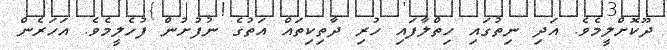
ދޫކޮށްލީމެވެ. އަދި ނިތުގައި ހިތްލާފައި ހުރި ދާތިކިތައް އަތުގެ ނުފުށުން ފުހެލީމެވެ. އަހަރެން